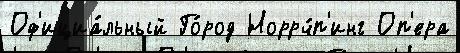
Оф'ициа́льный Го́род Норрч́п'инг Оп'ера